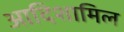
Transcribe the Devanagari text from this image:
आदिशामिल